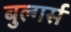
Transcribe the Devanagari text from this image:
बुल्गर्स